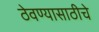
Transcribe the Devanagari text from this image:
ठेवण्यासाठीचे